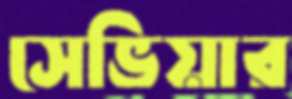
সেভিয়ার